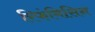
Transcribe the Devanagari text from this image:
रिफंमिसिन